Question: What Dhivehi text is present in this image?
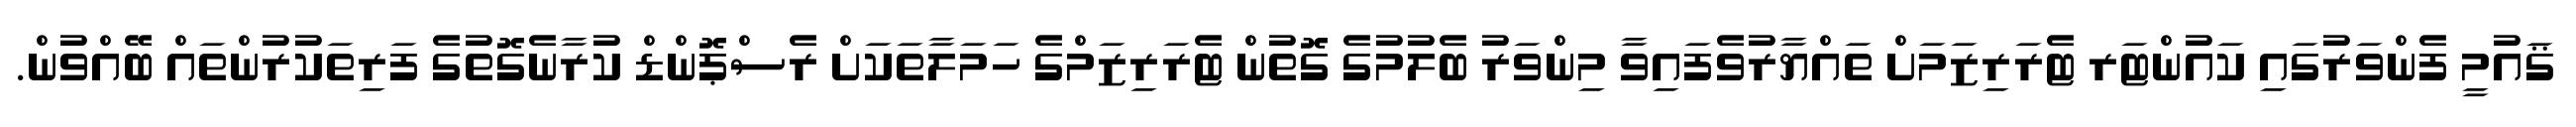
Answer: ޤައުމީ ފެންވަރުގައި ކައުންޓަރ ޓެރަރިޒަމަށް ތައްޔާރުވެފައިވާ މިންވަރު ބެލުމުގެ ގޮތުން ޓެރަރިޒަމްގެ ހަމަލާތަކަށް ރެސްޕޮންޑް ކުރާނެގޮތުގެ ފަރިތަކުރުންތައް ބޭއްވުން.